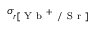
\sigma _ { r [ \mathrm { ~ Y ~ b ~ } ^ { + } \mathrm { ~ / ~ S ~ r ~ } ] }